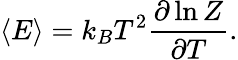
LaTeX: \langle E\rangle=k_{B}T^{2}{\frac{\partial\ln Z}{\partial T}}.